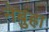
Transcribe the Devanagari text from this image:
नेबुहा